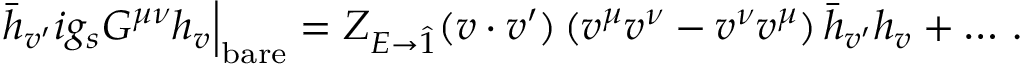
\bar { h } _ { v ^ { \prime } } i g _ { s } G ^ { \mu \nu } h _ { v } \Big | _ { \mathrm { b a r e } } = Z _ { E \to \hat { 1 } } ( v \cdot v ^ { \prime } ) \, ( v ^ { \mu } v ^ { \nu } - v ^ { \nu } v ^ { \mu } ) \, \bar { h } _ { v ^ { \prime } } h _ { v } + \dots \, .